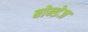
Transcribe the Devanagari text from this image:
बोन्डेज